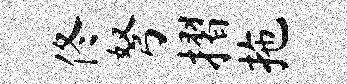
佟弩摺拖